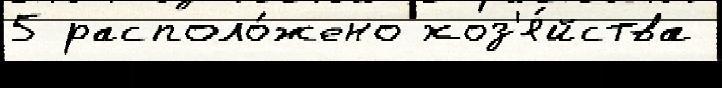
5 располо́жено хоз'я́йства